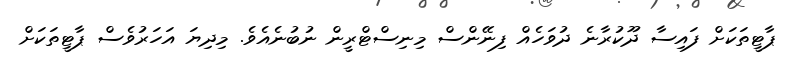
ޕާޓީތަކަށް ފައިސާ ދޫކުރާނެ ދުވަހެއް ފިނޭންސް މިނިސްޓްރީން ނުބުނެއެވެ. މިދިޔަ އަހަރުވެސް ޕާޓީތަކަށް